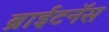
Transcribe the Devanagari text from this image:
ब्राईटनॅस